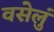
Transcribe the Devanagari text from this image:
वसेलुं